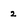
Character: 2